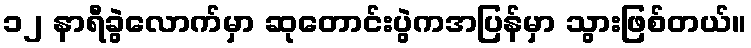
၁၂ နာရီခွဲလောက်မှာ ဆုတောင်းပွဲကအပြန်မှာ သွားဖြစ်တယ်။